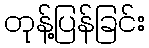
တုန့်ပြန်ခြင်း